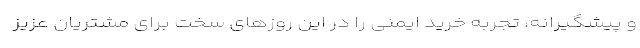
و پیشگیرانه، تجربه خرید ایمنی را در این روزهای سخت برای مشتریان عزیز